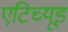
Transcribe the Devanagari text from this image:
एटिच्यूड